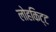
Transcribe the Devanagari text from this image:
लोहकिट्ट